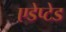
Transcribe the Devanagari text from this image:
एडेप्टेड